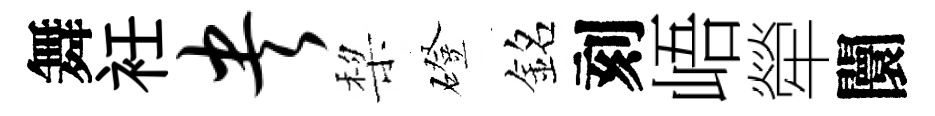
舞衽央棃磴銘刻峿犖闤